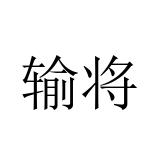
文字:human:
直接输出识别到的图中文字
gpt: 输将